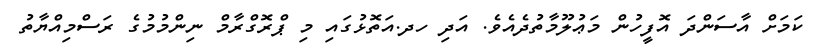
ކަމަށް އާސަންދަ އޮފީހުން މަޢުލޫމާތުދެއެވެ. އަދި ހދ.އަތޮޅުގައި މި ޕްރޮގްރާމް ނިންމުމުގެ ރަސްމިއްޔާތު